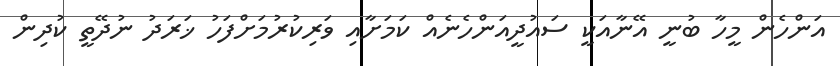
އަންހެން މީހާ ބުނީ އޭނާއަކީ ސައުދީއަންހެނެއް ކަމަށާއި ވަރިކުރުމަށްފަހު ޚަރަދު ނުދޭތީ ކުދިން